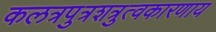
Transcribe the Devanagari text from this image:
कलत्रपुत्रशत्रुत्वकारणाय